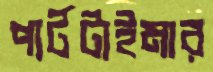
পার্টটাইমার